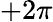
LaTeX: +2\pi